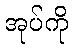
အုပ်ကို